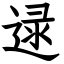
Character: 逯